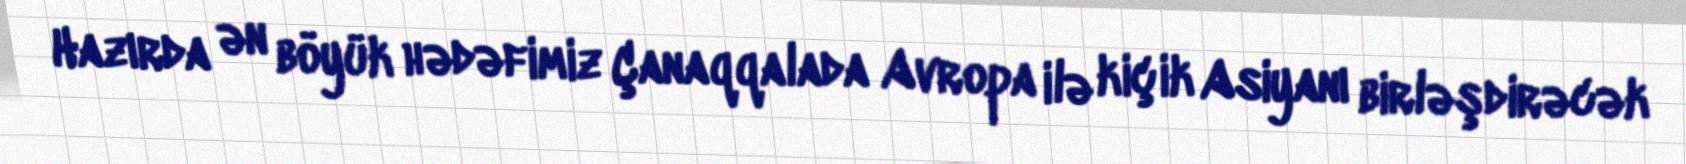
Hazırda ən böyük hədəfimiz Çanaqqalada Avropa ilə kiçik Asiyanı birləşdirəcək